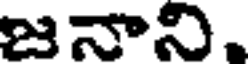
జనాని.